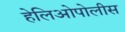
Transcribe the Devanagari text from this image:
हेलिओपोलीस